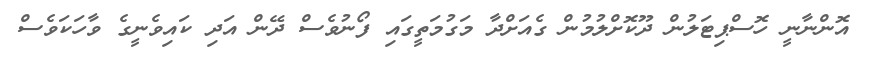
އޮންނާނީ ހޮސްޕިޓަލުން ދޫކޮށްލުމުން ގެއަށްދާ މަގުމަތީގައި ފޯނުވެސް ދޭން އަދި ކައިވެނީގެ ވާހަކަވެސް